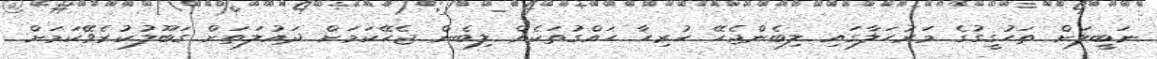
ނަބީލަށް ތަހުގީގުގެ މަރުހަލާގައި ލިބެންޖެހޭ ހުރިހާ ހައްގުތަކެއް ލިބެން ޖެހޭކަމަށް ދައުލަތަށް ގަބޫލުކުރެވޭކަމަށް